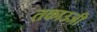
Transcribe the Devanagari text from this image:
तकाउजी